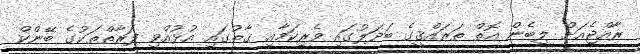
ރާއްޖެއަށް ލިބެން އޮތް ތަރައްޤީގެ ބަދަލުގައި ވެރިކަމާއި ގާތުގައި އުޅުއްވި ފަރާތްތަކުގެ ބޭންކް